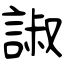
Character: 諔